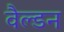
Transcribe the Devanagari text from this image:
वैल्डन